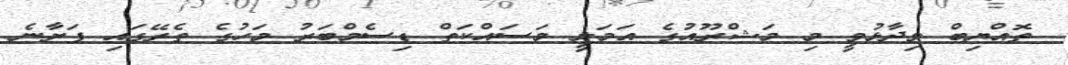
ތޮއްޔިބް ވިދާޅުވީ މި މަޝްރޫއުގެ އަމަލީ މަސައްކަތް ޑިސެމްބަރު މަހުގެ ތެރޭގައި ފަށާނެ